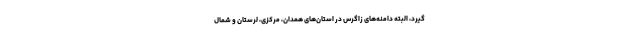
‌گیرد، البته دامنه‌های زاگرس در استان‌های همدان، مرکزی، لرستان و شمال